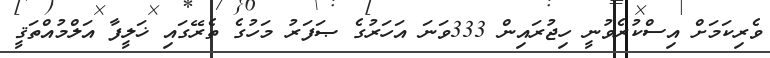
ވެރިކަމަށް އިސްކުރެވުނީ ހިޖުރައިން 333ވަނަ އަހަރުގެ ޞަފަރު މަހުގެ ތެރޭގައި ޚަލީފާ އަލްމުއްތަޤީ